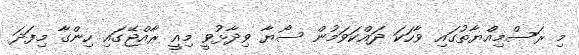
މި ރަސްމިއްޔާތުގައި ވާހަކަ ދައްކަވަމުން ސޯޔާ ވިދާޅުވީ މިއީ ރާއްޖޭގައި ހިންގާ މިފަދަ